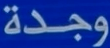
وجدة